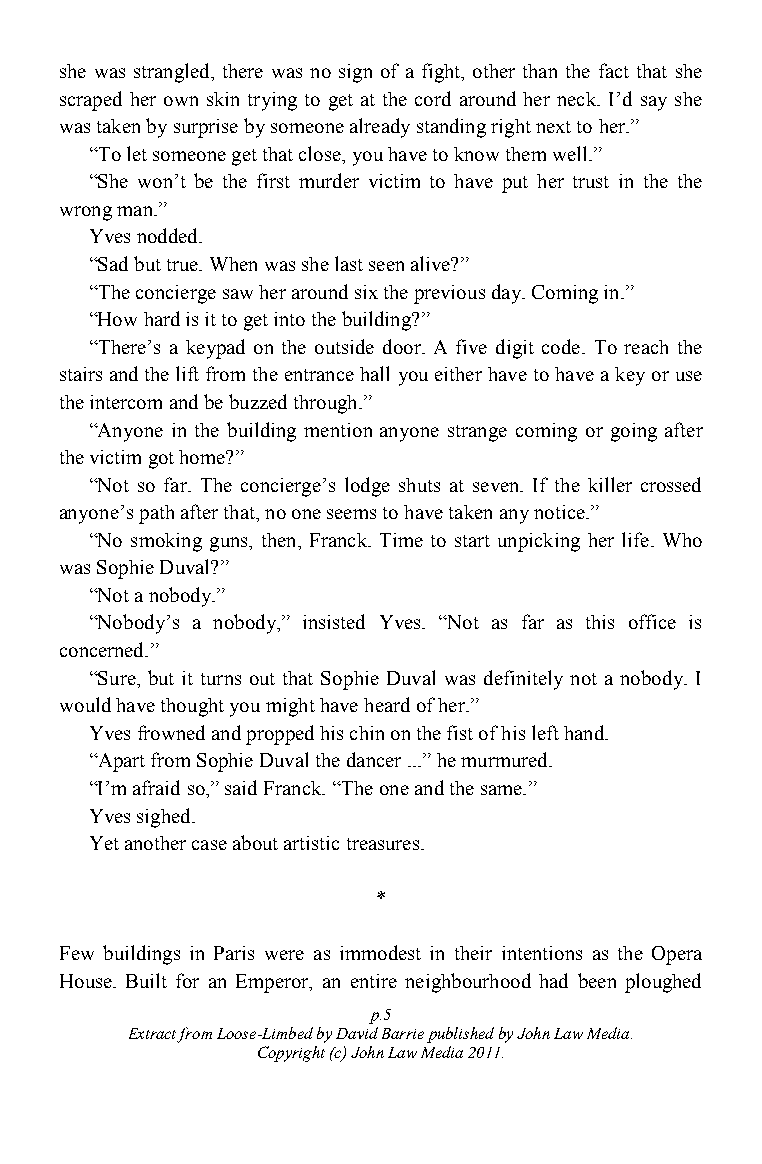
she was strangled, there was no sign of a fight, other than the fact that she
 scraped her own skin trying to get at the cord around her neck. I‟d say she
 was taken by surprise by someone already standing right next to her.”
 “To let someone get that close, you have to know them well.”
 “She won‟t be the first murder victim to have put her trust in the the
 wrong man.”
 Yves nodded.
 “Sad but true. When was she last seen alive?”
 “The concierge saw her around six the previous day. Coming in.”
 “How hard is it to get into the building?”
 “There‟s a keypad on the outside door. A five digit code. To reach the
 stairs and the lift from the entrance hall you either have to have a key or use
 the intercom and be buzzed through.”
 “Anyone in the building mention anyone strange coming or going after
 the victim got home?”
 “Not so far. The concierge‟s lodge shuts at seven. If the killer crossed
 anyone‟s path after that, no one seems to have taken any notice.”
 “No smoking guns, then, Franck. Time to start unpicking her life. Who
 was Sophie Duval?”
 “Not a nobody.”
 “Nobody‟s a nobody,” insisted Yves. “Not as far as this office is
 concerned.”
 “Sure, but it turns out that Sophie Duval was definitely not a nobody. I
 would have thought you might have heard of her.”
 Yves frowned and propped his chin on the fist of his left hand.
 “Apart from Sophie Duval the dancer ...” he murmured.
 “I‟m afraid so,” said Franck. “The one and the same.”
 Yves sighed.
 Yet another case about artistic treasures.
 *
 Few buildings in Paris were as immodest in their intentions as the Opera
 House. Built for an Emperor, an entire neighbourhood had been ploughed
 p.5
 Extract from Loose-Limbed by David Barrie published by John Law Media.
 Copyright (c) John Law Media 2011.